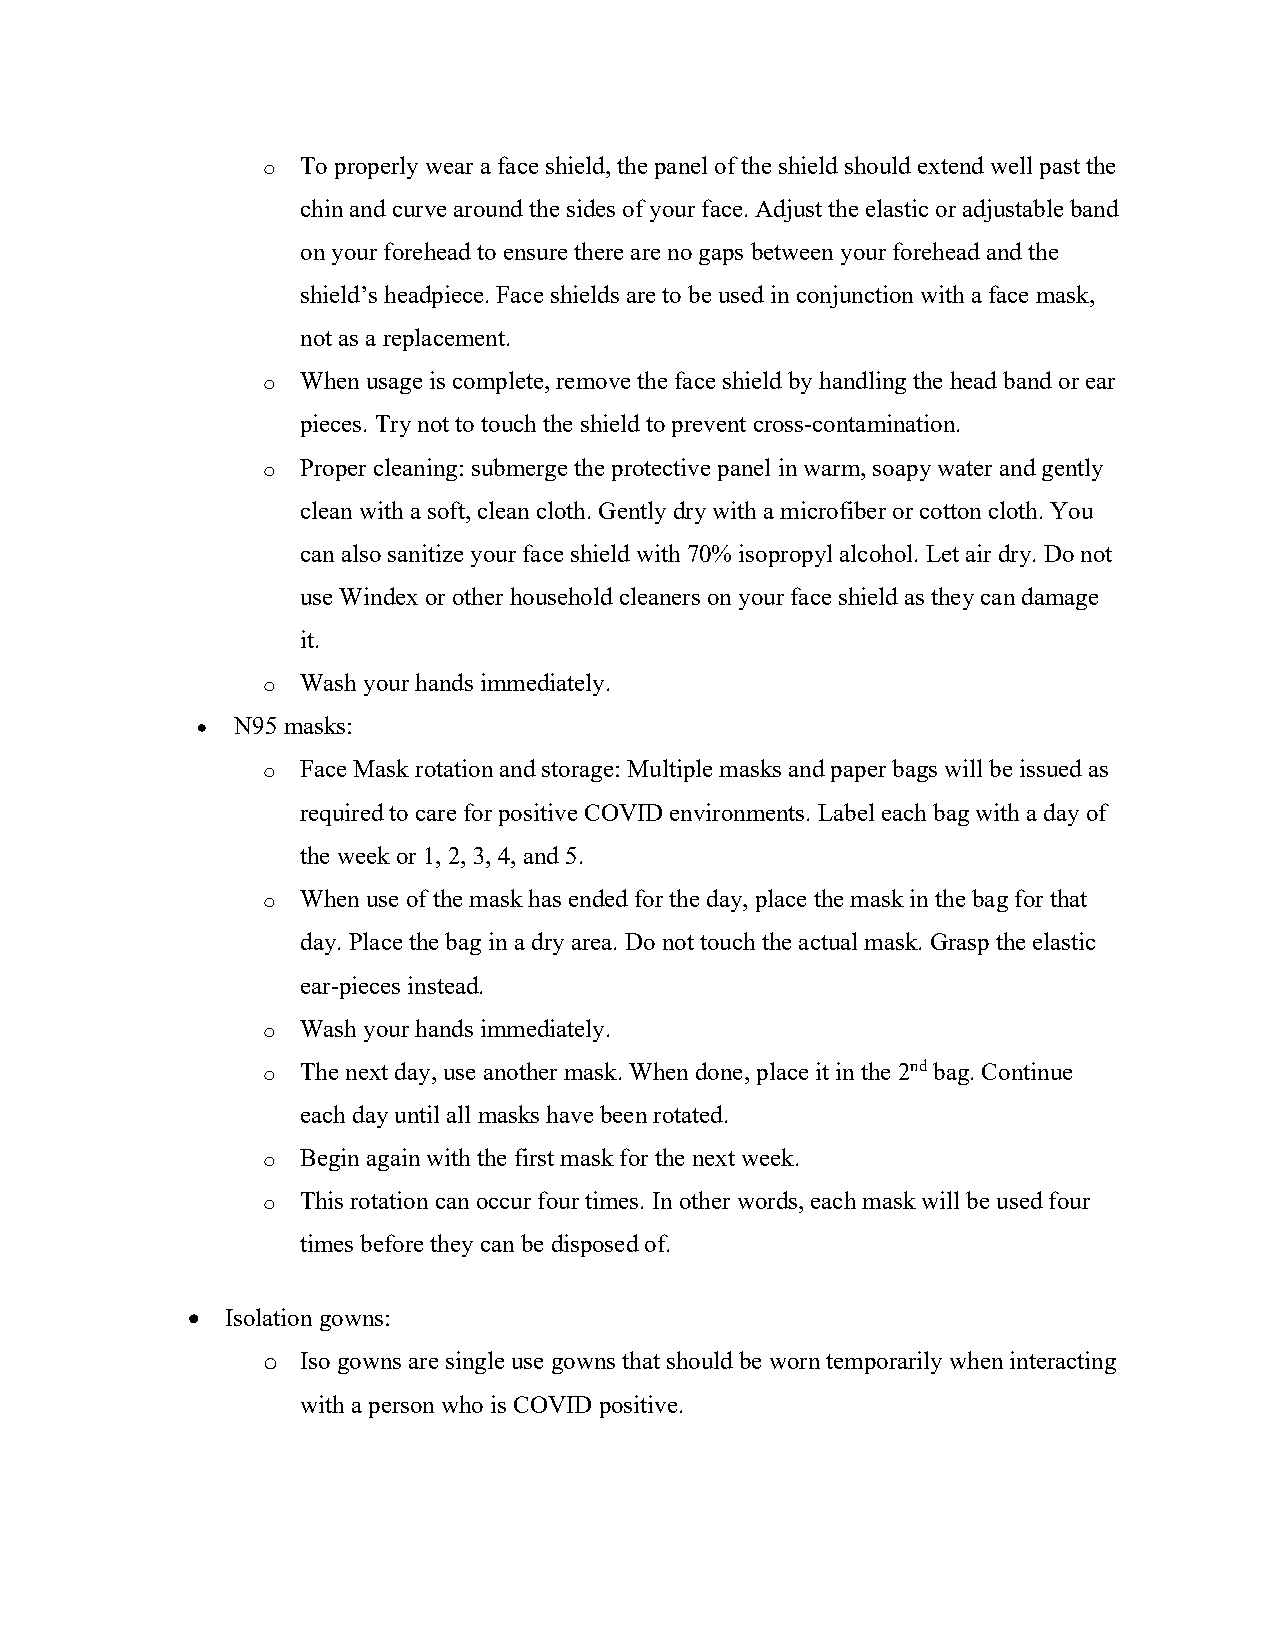
o  To properly wear a face shield, the panel of the shield should extend well past the
 chin and curve around the sides of your face. Adjust the elastic or adjustable band
 on your forehead to ensure there are no gaps between your forehead and the
 shield’s headpiece. Face shields are to be used in conjunction with a face mask,
 not as a replacement.
 o  When usage is complete, remove the face shield by handling the head band or ear
 pieces. Try not to touch the shield to prevent cross-contamination.
 o  Proper cleaning: submerge the protective panel in warm, soapy water and gently
 clean with a soft, clean cloth. Gently dry with a microfiber or cotton cloth. You
 can also sanitize your face shield with 70% isopropyl alcohol. Let air dry. Do not
 use Windex or other household cleaners on your face shield as they can damage
 it.
 o  Wash your hands immediately.
 •  N95 masks:
 o  Face Mask rotation and storage: Multiple masks and paper bags will be issued as
 required to care for positive COVID environments. Label each bag with a day of
 the week or 1, 2, 3, 4, and 5.
 o  When use of the mask has ended for the day, place the mask in the bag for that
 day. Place the bag in a dry area. Do not touch the actual mask. Grasp the elastic
 ear-pieces instead.
 o  Wash your hands immediately.
 o  The next day, use another mask. When done, place it in the 2nd bag. Continue
 each day until all masks have been rotated.
 o  Begin again with the first mask for the next week.
 o  This rotation can occur four times. In other words, each mask will be used four
 times before they can be disposed of.
 •  Isolation gowns:
 o  Iso gowns are single use gowns that should be worn temporarily when interacting
 with a person who is COVID positive.